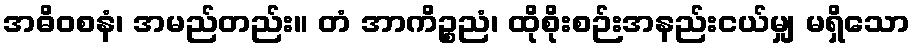
အဓိဝစနံ၊ အမည်တည်း။ တံ အာကိဉ္စညံ၊ ထိုစိုးစဉ်းအနည်းငယ်မျှ မရှိသော